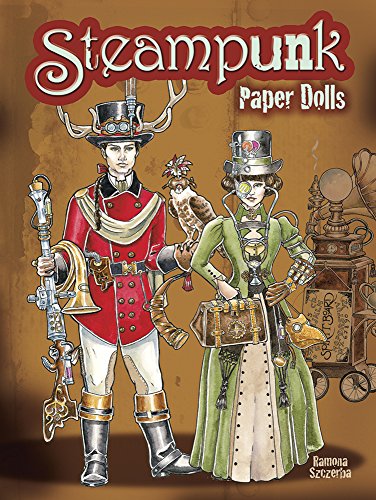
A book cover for Steampunk Paper Dolls (Dover Paper Dolls); Ramona Szczerba; Crafts, Hobbies & Home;